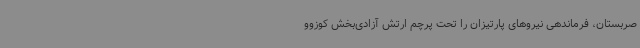
صربستان، فرماندهی نیروهای پارتیزان را تحت پرچم ارتش آزادی‌بخش کوزوو